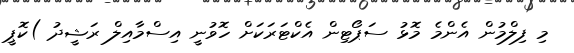
މި ފިލްމުން އެންމެ މޮޅު ސަޕޯޓިން އެކްޓަރަކަށް ހޮވުނީ އިސްމާއިލް ރަޝީދު )ކޮޕީ